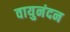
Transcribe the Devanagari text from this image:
वायुनंदन